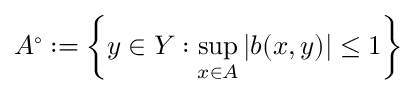
A ^ { \circ } : = \left\{ y \in Y : \operatorname* { s u p } _ { x \in A } \left| b ( x , y ) \right| \leq 1 \right\}